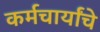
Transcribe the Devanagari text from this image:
कर्मचार्यांचे